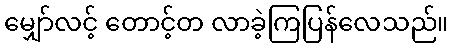
မျှော်လင့် တောင့်တ လာခဲ့ကြပြန်လေသည်။